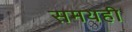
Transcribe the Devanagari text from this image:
समयही